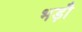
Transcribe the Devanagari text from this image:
भड़ौ